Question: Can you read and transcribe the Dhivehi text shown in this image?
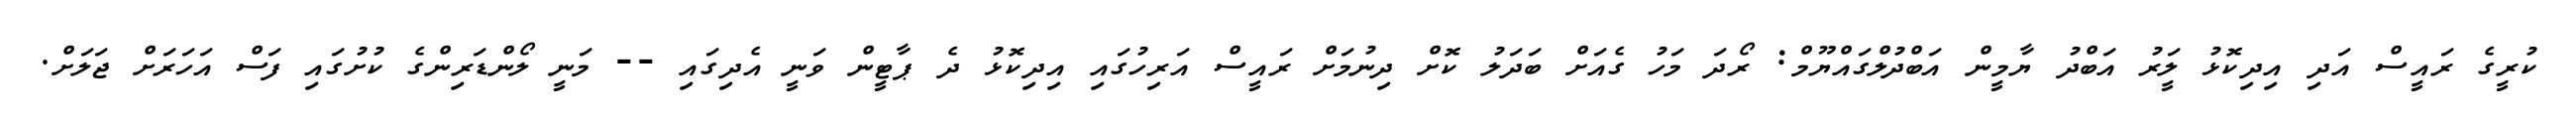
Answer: ކުރީގެ ރައީސް އަދި އިދިކޮޅު ލީަރު އަބްދު ޔާމީން އަބްދުލްގައްޔޫމް: ރޯދަ މަހު ގެއަށް ބަދަލު ކޮށް ދިނުމަށް ރައީސް އަރިހުގައި އިދިކޮޅު ދެ ޕާޓީން ވަނީ އެދިގައި -- މަނީ ލޯންޑަރިންގެ ކުށުގައި ފަސް އަހަރަށް ޖަލަށް.